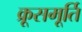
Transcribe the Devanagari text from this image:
क्रूसमूर्ति